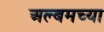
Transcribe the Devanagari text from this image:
अल्बमच्या